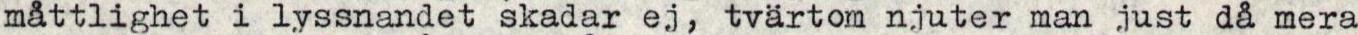
måttlighet i lyssnandet skadar ej, tvärtom njuter man just då mera